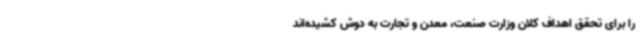
را برای تحقق اهداف کلان وزارت صنعت، معدن و تجارت به دوش کشیده‌اند